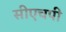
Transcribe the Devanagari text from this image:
सीएचपी